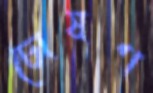
চোষণ